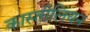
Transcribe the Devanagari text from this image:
कास्तीलियन